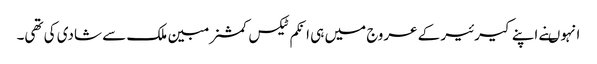
انہوںنے اپنے کیرئیر کے عروج میں ہی انکم ٹیکس کمشنر مبین ملک سے شادی کی تھی۔